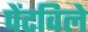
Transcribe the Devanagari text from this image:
पेंटविले